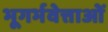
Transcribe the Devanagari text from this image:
भूगर्भवेत्ताओं